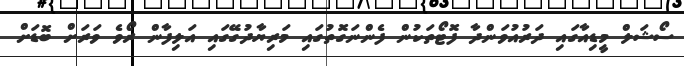
ސޯޝަލް މީޑިއާގައި ދަރުއުވަންދާ ފޮޓޯތަކުން ފެންނަގޮތުގައި މަރިޔާދުގޭގައި އަލިފާން ރޯވެ ވަރަށް ބޮޑަށް